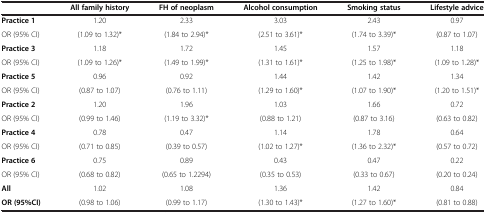
<table><thead><tr><td><b> </b></td><td><b>All family history</b></td><td><b>FH of neoplasm</b></td><td><b>Alcohol consumption</b></td><td><b>Smoking status</b></td><td><b>Lifestyle advice</b></td></tr></thead><tbody><tr><td><b>Practice 1</b></td><td>1.20</td><td>2.33</td><td>3.03</td><td>2.43</td><td>0.97</td></tr><tr><td>OR (95% CI)</td><td>(1.09 to 1.32)*</td><td>(1.84 to 2.94)*</td><td>(2.51 to 3.61)*</td><td>(1.74 to 3.39)*</td><td>(0.87 to 1.07)</td></tr><tr><td><b>Practice 3</b></td><td>1.18</td><td>1.72</td><td>1.45</td><td>1.57</td><td>1.18</td></tr><tr><td>OR (95% CI)</td><td>(1.09 to 1.26)*</td><td>(1.49 to 1.99)*</td><td>(1.31 to 1.61)*</td><td>(1.25 to 1.98)*</td><td>(1.09 to 1.28)*</td></tr><tr><td><b>Practice 5</b></td><td>0.96</td><td>0.92</td><td>1.44</td><td>1.42</td><td>1.34</td></tr><tr><td>OR (95% CI)</td><td>(0.87 to 1.07)</td><td>(0.76 to 1.11)</td><td>(1.29 to 1.60)*</td><td>(1.07 to 1.90)*</td><td>(1.20 to 1.51)*</td></tr><tr><td><b>Practice 2</b></td><td>1.20</td><td>1.96</td><td>1.03</td><td>1.66</td><td>0.72</td></tr><tr><td>OR (95% CI)</td><td>(0.99 to 1.46)</td><td>(1.19 to 3.32)*</td><td>(0.88 to 1.21)</td><td>(0.87 to 3.16)</td><td>(0.63 to 0.82)</td></tr><tr><td><b>Practice 4</b></td><td>0.78</td><td>0.47</td><td>1.14</td><td>1.78</td><td>0.64</td></tr><tr><td>OR (95% CI)</td><td>(0.71 to 0.85)</td><td>(0.39 to 0.57)</td><td>(1.02 to 1.27)*</td><td>(1.36 to 2.32)*</td><td>(0.57 to 0.72)</td></tr><tr><td><b>Practice 6</b></td><td>0.75</td><td>0.89</td><td>0.43</td><td>0.47</td><td>0.22</td></tr><tr><td>OR (95% CI)</td><td>(0.68 to 0.82)</td><td>(0.65 to 1.2294)</td><td>(0.35 to 0.53)</td><td>(0.33 to 0.67)</td><td>(0.20 to 0.24)</td></tr><tr><td><b>All</b></td><td>1.02</td><td>1.08</td><td>1.36</td><td>1.42</td><td>0.84</td></tr><tr><td><b>OR (95%CI)</b></td><td>(0.98 to 1.06)</td><td>(0.99 to 1.17)</td><td>(1.30 to 1.43)*</td><td>(1.27 to 1.60)*</td><td>(0.81 to 0.88)</td></tr></tbody></table>